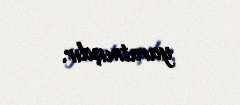
yaratmışdır.